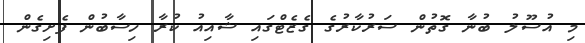
މި އުސޫލު ބުނާ ގޮތުން ސަރުކާރުގެ ގެޒެޓްގައި ޝާއިއު ކުރާ ހިސާބުން ފެށިގެން